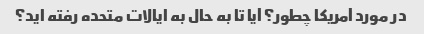
در مورد آمریکا چطور؟ آیا تا به حال به ایالات متحده رفته اید؟